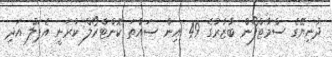
ދުނިޔޭގެ ސްމާޓްފޯން ބާޒާރުގެ 49 އިން ސައްތަ ކޮންޓްރޯލް ކުރަނީ އެޕަލް އަދި